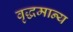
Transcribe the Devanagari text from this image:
वृद्धमान्य